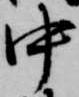
中